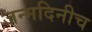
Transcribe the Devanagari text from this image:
जन्मदिनीच